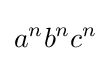
a^{n}b^{n}c^{n}